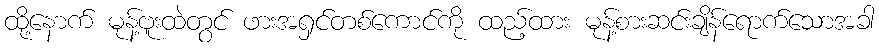
ထို့နောက် မုန့်ဗူးထဲတွင် ဖားအရှင်တစ်ကောင်ကို ထည့်ထား မုန့်စားဆင်းချိန်ရောက်သောအခါ